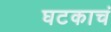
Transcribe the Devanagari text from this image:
घटकाचं